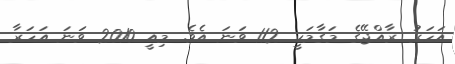
އަހަރު ރާއްޖޭގެ މަގާމަކީ 112 ވަނަ އެވެ. މިއީ 2010 ވަނަ އަހަރާ